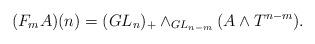
LaTeX: \begin{align*} (F_mA)(n)=(GL_{n})_+\wedge_{GL_{n-m}}(A\wedge T^{n-m}). \end{align*}